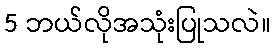
5 ဘယ်လိုအသုံးပြုသလဲ။